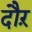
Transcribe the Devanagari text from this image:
दौऱ